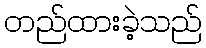
တည်ထားခဲ့သည်